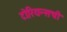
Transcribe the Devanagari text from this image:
टोरियन्सची